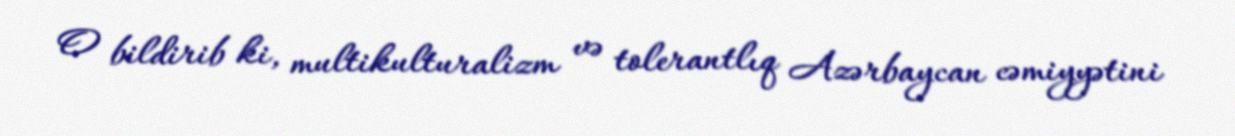
O bildirib ki, multikulturalizm və tolerantlıq Azərbaycan cəmiyyətini